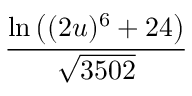
\frac { \ln { \big ( } ( 2 u ) ^ { 6 } + 2 4 { \big ) } } { \sqrt { 3 5 0 2 } }